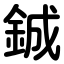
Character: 鋮